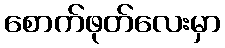
စောက်ဖုတ်လေးမှာ